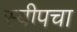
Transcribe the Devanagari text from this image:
स्वीपचा